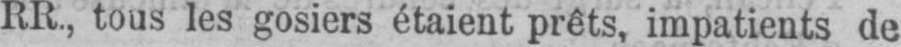
RR., tous les gosiers étaient prêts, impatients de